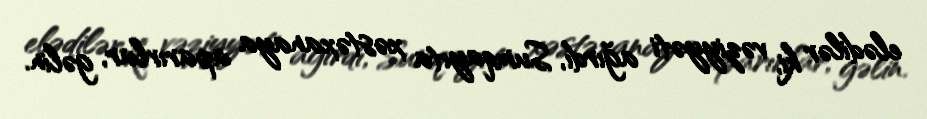
elədilər ki, vəziyyəti ağırdı, Sumqayıta xəstəxanaya aparırlar, gəlin.